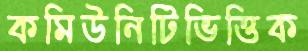
কমিউনিটিভিত্তিক